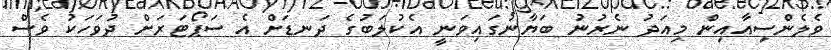
ވެލެންސިއާއިން މިއަދު ނެރުނު ބަޔާނުގައިވަނީ އެކުލަބުގެ ދަނޑަށް އެ ސަޕޯޓަރަށް ދުވަހަކު ވެސް